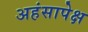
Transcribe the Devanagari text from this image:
अहंसापेक्ष